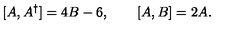
[ A , A ^ { \dagger } ] = 4 B - 6 , \qquad [ A , B ] = 2 A .